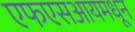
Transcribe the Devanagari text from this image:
एफएसआयमधून